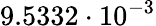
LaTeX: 9.5332\cdot 10^{-3}